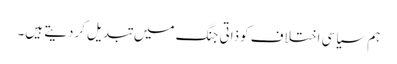
ہم سیاسی اختلاف کوذاتی جنگ میں تبدیل کردیتے ہیں۔